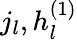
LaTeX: j_{l},h_{l}^{(1)}